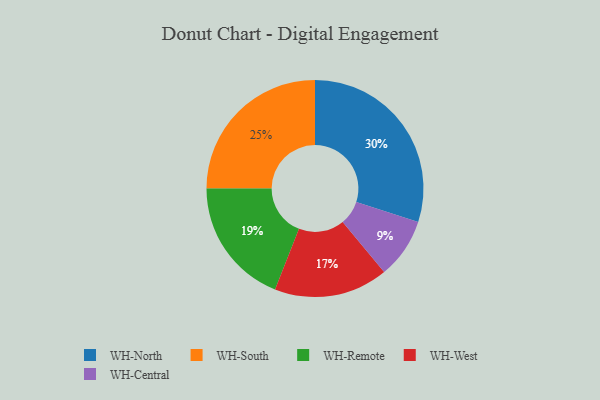
{"axis": {"x": "Category", "y": "Percentage"}, "legend": ["WH-Central", "WH-North", "WH-Remote", "WH-South", "WH-West"], "data": [{"x": "WH-Central", "y": 9, "type": "WH-Central"}, {"x": "WH-South", "y": 25, "type": "WH-South"}, {"x": "WH-West", "y": 17, "type": "WH-West"}, {"x": "WH-North", "y": 30, "type": "WH-North"}, {"x": "WH-Remote", "y": 19, "type": "WH-Remote"}]}